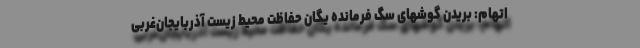
اتهام: بریدن گوشهای سگ فرمانده یگان حفاظت محیط زیست آذربایجان‌غربی